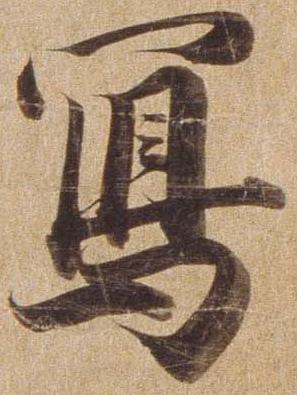
写